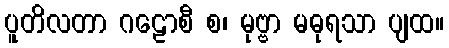
ပူတိလတာ ဂဠောစီ စ၊ မုဗ္ဗာ မဓုရသာ ပျထ။